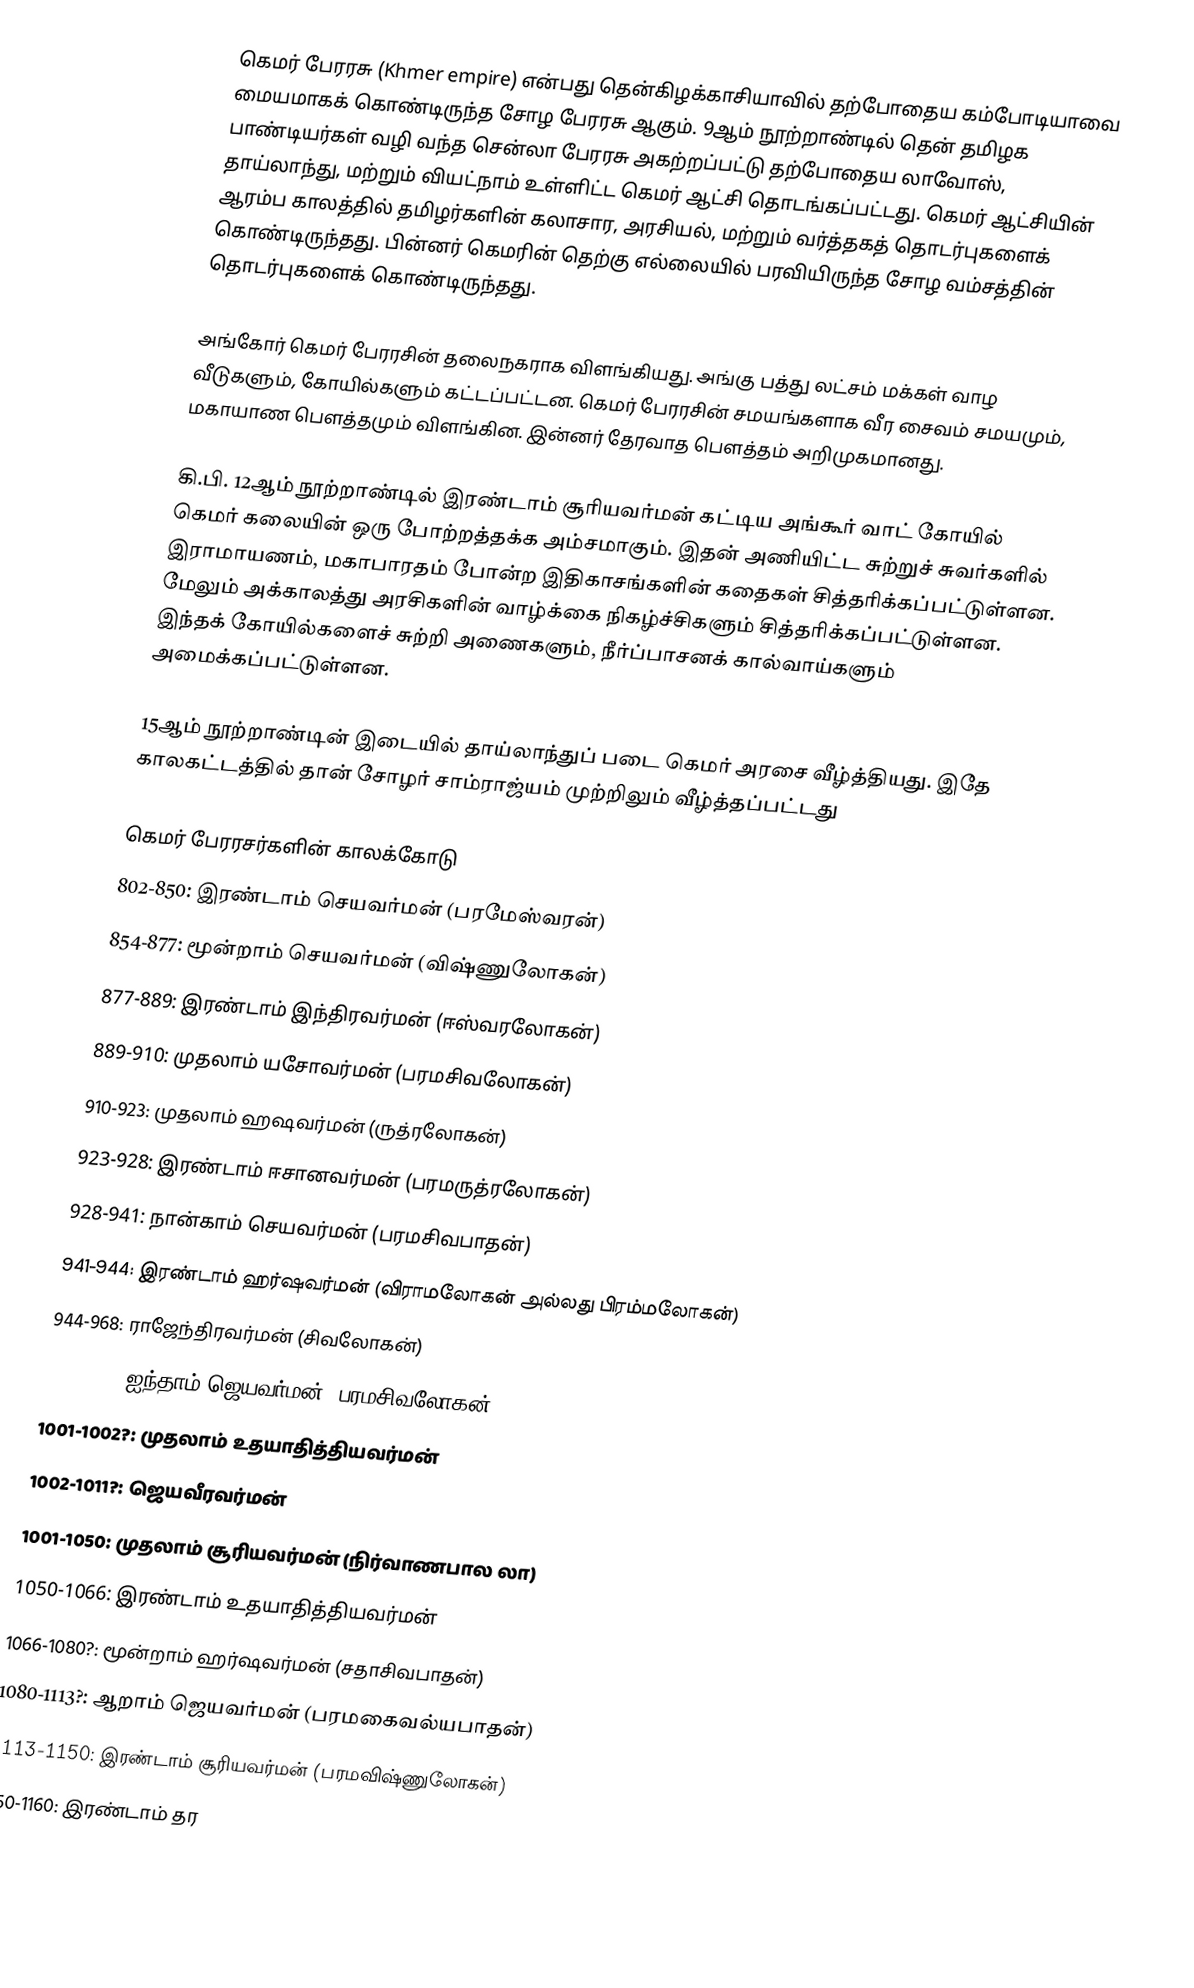
கெமர் பேரரசு (Khmer empire) என்பது தென்கிழக்காசியாவில் தற்போதைய கம்போடியாவை மையமாகக் கொண்டிருந்த சோழ பேரரசு ஆகும். 9ஆம் நூற்றாண்டில் தென் தமிழக பாண்டியர்கள்  வழி வந்த சென்லா பேரரசு அகற்றப்பட்டு தற்போதைய லாவோஸ், தாய்லாந்து, மற்றும் வியட்நாம் உள்ளிட்ட கெமர் ஆட்சி தொடங்கப்பட்டது. கெமர் ஆட்சியின் ஆரம்ப காலத்தில் தமிழர்களின்  கலாசார, அரசியல், மற்றும் வர்த்தகத் தொடர்புகளைக் கொண்டிருந்தது. பின்னர் கெமரின் தெற்கு எல்லையில் பரவியிருந்த சோழ வம்சத்தின்  தொடர்புகளைக் கொண்டிருந்தது.

அங்கோர் கெமர் பேரரசின் தலைநகராக விளங்கியது. அங்கு பத்து லட்சம் மக்கள் வாழ வீடுகளும், கோயில்களும் கட்டப்பட்டன. கெமர் பேரரசின் சமயங்களாக வீர சைவம் சமயமும், மகாயாண பௌத்தமும் விளங்கின. இன்னர் தேரவாத பௌத்தம் அறிமுகமானது.

கி.பி. 12ஆம் நூற்றாண்டில் இரண்டாம் சூரியவர்மன் கட்டிய அங்கூர் வாட் கோயில் கெமர் கலையின் ஒரு போற்றத்தக்க அம்சமாகும். இதன் அணியிட்ட சுற்றுச் சுவர்களில் இராமாயணம், மகாபாரதம் போன்ற இதிகாசங்களின் கதைகள் சித்தரிக்கப்பட்டுள்ளன. மேலும் அக்காலத்து அரசிகளின் வாழ்க்கை நிகழ்ச்சிகளும் சித்தரிக்கப்பட்டுள்ளன. இந்தக் கோயில்களைச் சுற்றி அணைகளும், நீர்ப்பாசனக் கால்வாய்களும் அமைக்கப்பட்டுள்ளன.

15ஆம் நூற்றாண்டின் இடையில் தாய்லாந்துப் படை கெமர் அரசை வீழ்த்தியது. இதே காலகட்டத்தில் தான் சோழர் சாம்ராஜ்யம் முற்றிலும் வீழ்த்தப்பட்டது

கெமர் பேரரசர்களின் காலக்கோடு
 802-850: இரண்டாம் செயவர்மன் (பரமேஸ்வரன்)
 854-877: மூன்றாம் செயவர்மன் (விஷ்ணுலோகன்)
 877-889: இரண்டாம் இந்திரவர்மன் (ஈஸ்வரலோகன்)
 889-910: முதலாம் யசோவர்மன் (பரமசிவலோகன்)
 910-923: முதலாம் ஹஷவர்மன் (ருத்ரலோகன்)
 923-928: இரண்டாம் ஈசானவர்மன் (பரமருத்ரலோகன்)
 928-941: நான்காம் செயவர்மன் (பரமசிவபாதன்)
 941-944: இரண்டாம் ஹர்ஷவர்மன் (விராமலோகன் அல்லது பிரம்மலோகன்)
 944-968: ராஜேந்திரவர்மன் (சிவலோகன்)
 968-1001: ஐந்தாம் ஜெயவர்மன் (பரமசிவலோகன்)
 1001-1002?: முதலாம் உதயாதித்தியவர்மன்
 1002-1011?: ஜெயவீரவர்மன்
 1001-1050: முதலாம் சூரியவர்மன் (நிர்வாணபால லா)
 1050-1066: இரண்டாம் உதயாதித்தியவர்மன்
 1066-1080?: மூன்றாம் ஹர்ஷவர்மன் (சதாசிவபாதன்)
 1080-1113?: ஆறாம் ஜெயவர்மன் (பரமகைவல்யபாதன்)
 1113-1150: இரண்டாம் சூரியவர்மன் (பரமவிஷ்ணுலோகன்)
 1150-1160: இரண்டாம் தர